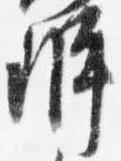
弁